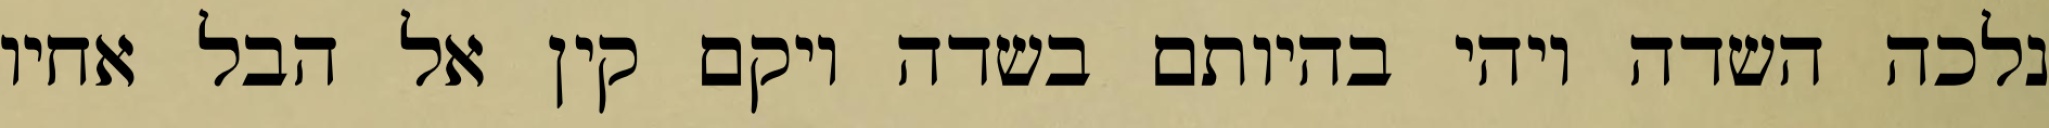
נלכה השדה ויהי בהיותם בשדה ויקם קין אל הבל אחיו